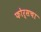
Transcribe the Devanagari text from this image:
फोर्सचा